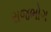
રાજભોગ